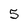
Character: 5